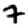
Digit: 7